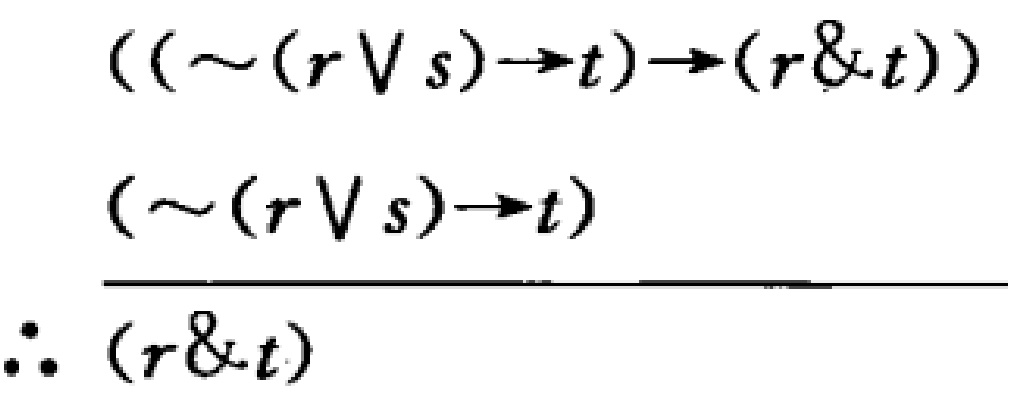
\[
\begin{align*}
&((\sim(r \vee s)\to t)\to(r \& t))\\
&(\sim(r \vee s)\to t)\\
\hline
\therefore\ &(r \& t)
\end{align*}
\]